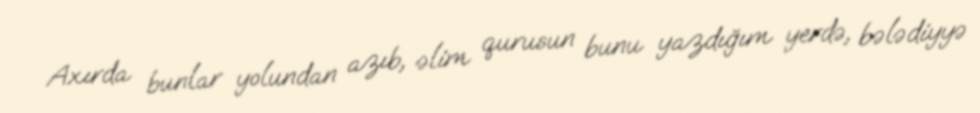
Axırda bunlar yolundan azıb, əlim qurusun bunu yazdığım yerdə, bələdiyyə